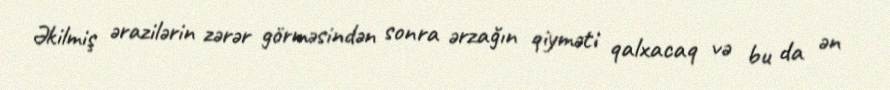
Əkilmiş ərazilərin zərər görməsindən sonra ərzağın qiyməti qalxacaq və bu da ən